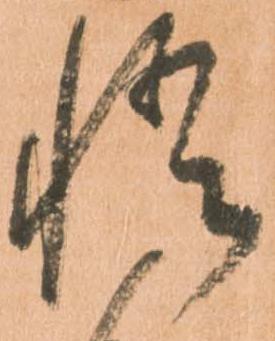
悟